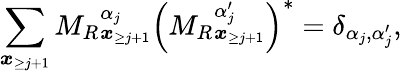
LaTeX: \sum_{\boldsymbol{x}_{\ge j+1}}{M_{R}}_{\boldsymbol x_{\ge j+1}}^{\alpha_{j}}\left({M_{R}}_{\boldsymbol x_{\ge j+1}}^{\alpha_{j}^{\prime}}\right)^{*}=\delta_{\alpha_{j},\alpha_{j}^{\prime}},